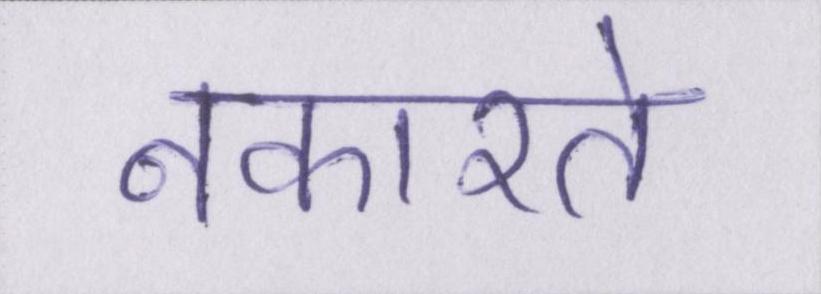
नकारते